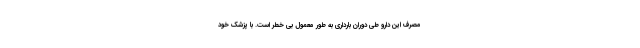
مصرف این دارو طی دوران بارداری به طور معمول بی خطر است. با پزشک خود